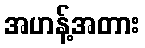
အဟန့်အတား